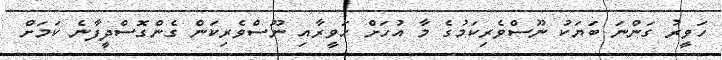
ހަވީރު ގަންނަ ބަޔަކު ނޫސްވެރިކަމުގެ މާ އުހަށް ހަވީރާއި ނޫސްވެރިކަން ގެންގޮސްދީފާނެ ކަމަށް